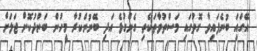
އޭގައަި ބުނެފައިވާ ގޮތުގައި މަސްތުވާތަކެތި ގެންގުޅެ އަދި ބޭނުންކުރާ މީހުން ބަންދުކޮށް ޖަލަށް